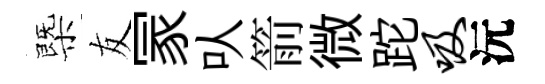
㮣友冡㕥箭微跎吸沅